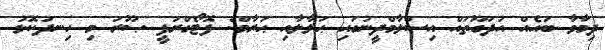
ދިމާވާ ބައެއް އުދަގޫތައް އިސްލާމްދީނުގައި ޙަލާލާއި ޙަރާމް: ފޮޓޯގްރަފީ ޞޫރަ މި ހިނދުކޮޅު